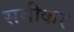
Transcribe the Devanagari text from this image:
समीकर